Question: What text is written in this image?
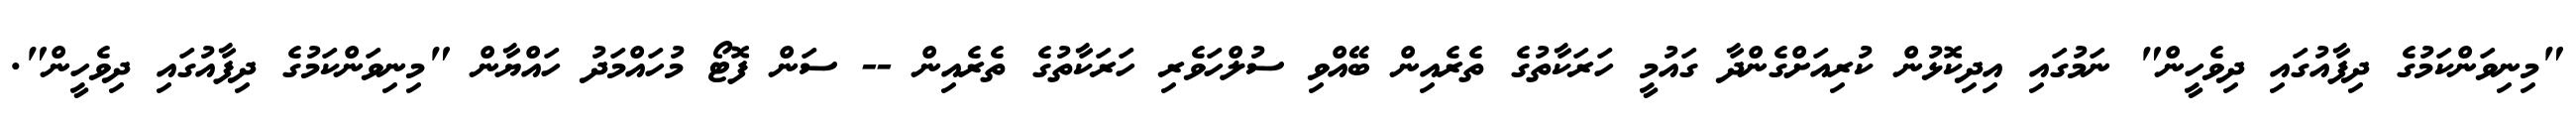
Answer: "މިނިވަންކަމުގެ ދިފާއުގައި ދިވެހީން" ނަމުގައި އިދިކޮޅުން ކުރިއަށްގެންދާ ގައުމީ ހަރަކާތުގެ ތެރެއިން ބޭއްވި ސުލްހަވެރި ހަރަކާތުގެ ތެރެއިން -- ސަން ފޮޓޯ މުހައްމަދު ހައްޔާން "މިނިވަންކަމުގެ ދިފާއުގައި ދިވެހީން".